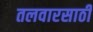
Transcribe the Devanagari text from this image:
तलवारसाठी